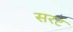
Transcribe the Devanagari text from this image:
सरट